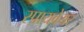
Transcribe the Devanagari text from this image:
स्पायवेयर